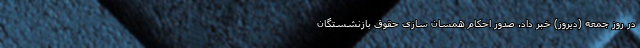
در روز جمعه (دیروز) خبر داد. صدور احکام همسان سازی حقوق بازنشستگان